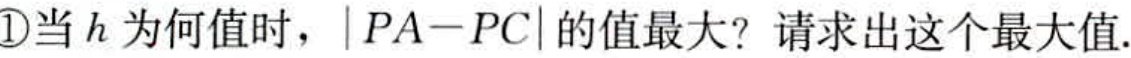
\textcircled{1}当\(h\)为何值时，\(\vert PA - PC\vert\)的值最大？请求出这个最大值.